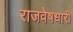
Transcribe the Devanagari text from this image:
राजवेषधारी